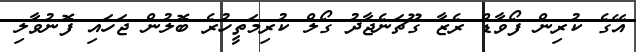
އޭގެ ކުރިން ފޯވާޑް ރެޒާ ގޫޗަނެޖާދު ގޯލް ކުރިމަތީހުރެ ބޮލުން ޖަހައި ފޮނުވާލި